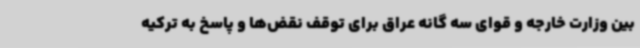
بین وزارت خارجه و قوای سه گانه عراق برای توقف نقض‌ها و پاسخ به ترکیه